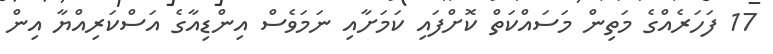
17 ފަހަރެއްގެ މަތިން މަސައްކަތް ކޮށްފައި ކަމަށާއި ނަމަވެސް އިންޑިއާގެ އަސްކަރިއްޔާ އިން